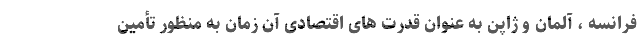
فرانسه ، آلمان و ژاپن به عنوان قدرت های اقتصادی آن زمان به منظور تأمین